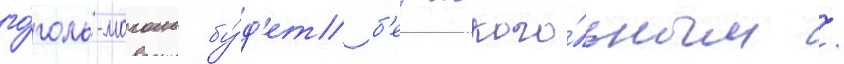
го́голь-моголь бу́д'ет б'езалкого́льным /